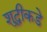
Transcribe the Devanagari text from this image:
शुद्धीकडे